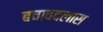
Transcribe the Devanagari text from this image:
बचावदलास